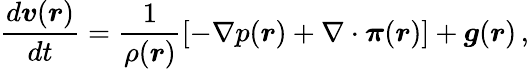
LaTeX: \frac{d\boldsymbol{v}(\boldsymbol{r})}{dt}=\frac{1}{\rho(\boldsymbol{r})}\left[-\nabla p(\boldsymbol{r})+\nabla\cdot\boldsymbol{\pi}(\boldsymbol{r})\right]+\boldsymbol{g}(\boldsymbol{r})\, ,